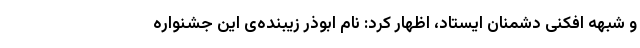
و شبهه‌ افکنی دشمنان ایستاد، اظهار کرد: نام ابوذر زیبنده‌ی این جشنواره